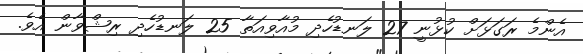
އެންމެ ރަގަޅަށް ކުޅުނީ 27 ލަނޑުހެދި މުއާވިއަތާ 25 ލަނޑުހެދި ރިޝްވާން އެވެ.